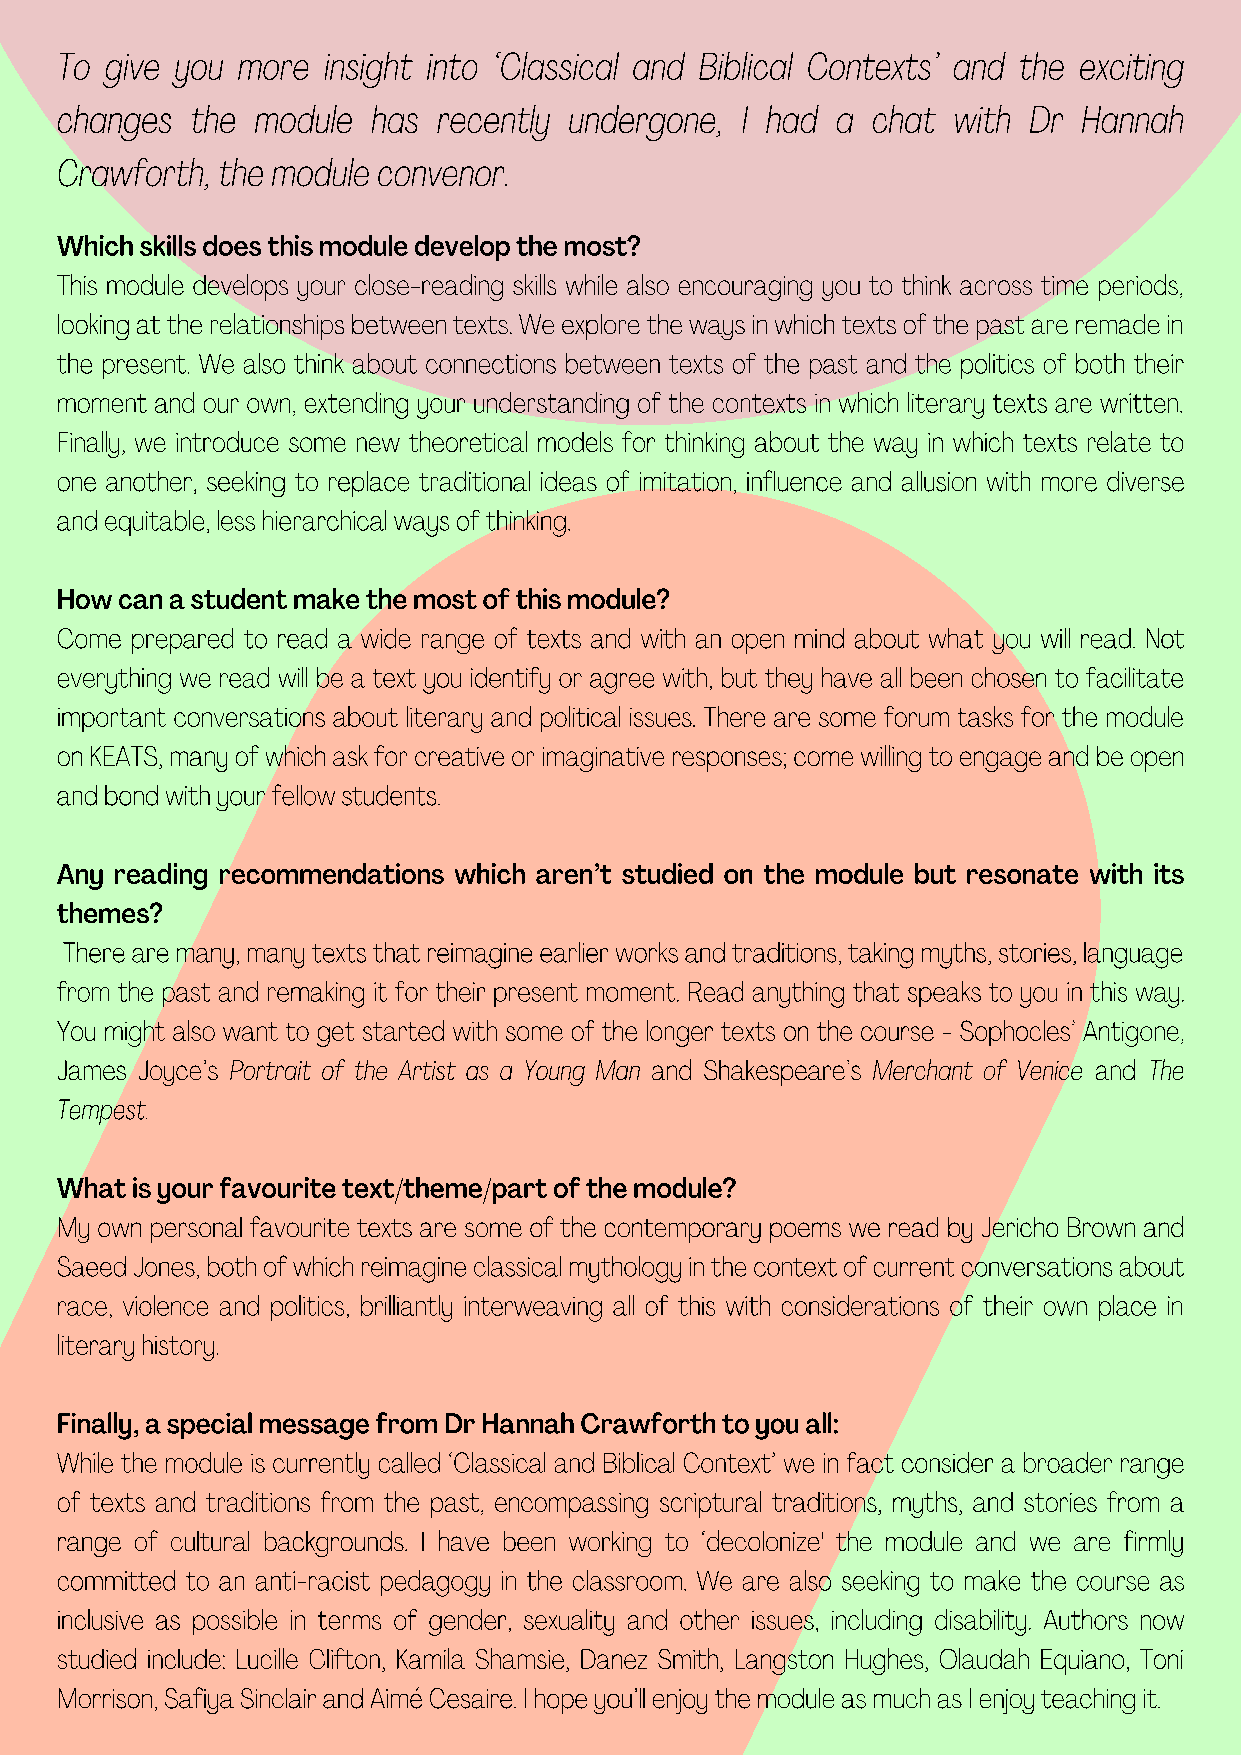
To give you more insight into ‘Classical and Biblical Contexts’ and the exciting
 changes  the module  has recently undergone, I had a  chat with Dr  Hannah
 Crawforth, the module convenor.
 Which skills does this module develop the most?
 This module develops your close-reading skills while also encouraging you to think across time periods,
 looking at the relationships between texts. We explore the ways in which texts of the past are remade in
 the present. We also think about connections between texts of the past and the politics of both their
 moment and our own, extending your understanding of the contexts in which literary texts are written.
 Finally, we introduce some new theoretical models for thinking about the way in which texts relate to
 one another, seeking to replace traditional ideas of imitation, influence and allusion with more diverse
 and equitable, less hierarchical ways of thinking.
 How can a student make the most of this module?
 Come prepared to read a wide range of texts and with an open mind about what you will read. Not
 everything we read will be a text you identify or agree with, but they have all been chosen to facilitate
 important conversations about literary and political issues. There are some forum tasks for the module
 on KEATS, many of which ask for creative or imaginative responses; come willing to engage and be open
 and bond with your fellow students.
 Any reading recommendations which aren’t studied on the module but resonate with its
 themes?
 There are many, many texts that reimagine earlier works and traditions, taking myths, stories, language
 from the past and remaking it for their present moment. Read anything that speaks to you in this way.
 You might also want to get started with some of the longer texts on the course - Sophocles’ Antigone,
 James Joyce’s Portrait of the Artist as a Young Man and Shakespeare’s Merchant of Venice and The
 Tempest.
 What is your favourite text/theme/part of the module?
 My own personal favourite texts are some of the contemporary poems we read by Jericho Brown and
 Saeed Jones, both of which reimagine classical mythology in the context of current conversations about
 race, violence and politics, brilliantly interweaving all of this with considerations of their own place in
 literary history.
 Finally, a special message from Dr Hannah Crawforth to you all:
 While the module is currently called ‘Classical and Biblical Context’ we in fact consider a broader range
 of texts and traditions from the past, encompassing scriptural traditions, myths, and stories from a
 range of cultural backgrounds. I have been working to ‘decolonize' the module and we are firmly
 committed to an anti-racist pedagogy in the classroom. We are also seeking to make the course as
 inclusive as possible in terms of gender, sexuality and other issues, including disability. Authors now
 studied include: Lucille Clifton, Kamila Shamsie, Danez Smith, Langston Hughes, Olaudah Equiano, Toni
 Morrison, Safiya Sinclair and Aimé Cesaire. I hope you’ll enjoy the module as much as I enjoy teaching it.